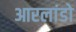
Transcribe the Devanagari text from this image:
आरलांडो